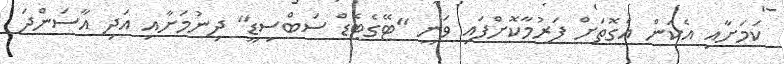
ކަމަށާއި އެކަން އެގޮތަށް ފަރުމާކޮށްފައި ވަނީ "ޓޭގެޓެޑް ސަބްސިޑީ" ދިނުމަށާއި އަދި އާސަންދަ